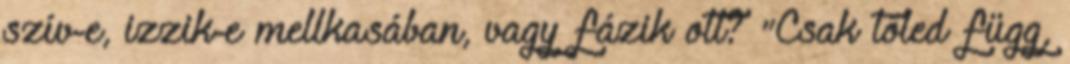
szív-e, izzik-e mellkasában, vagy fázik ott? "Csak tőled függ,